Senior Leaving Certificate Examination (including Day School Certificate (Higher) General paper), 1946
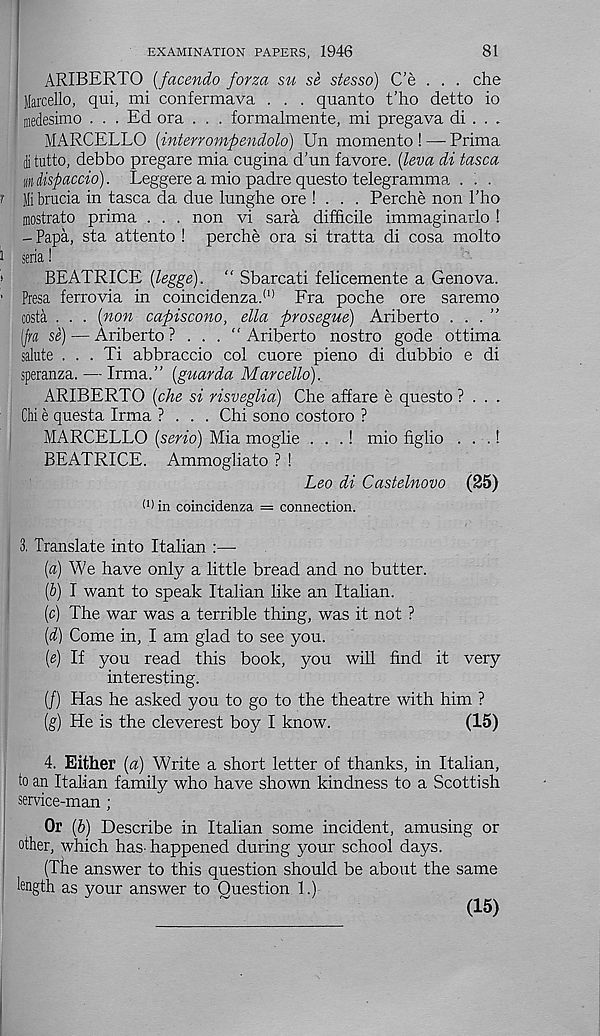
81
EXAMINATION PAPERS, 1946
ARIBERTO (facendo forza su se stesso) C'e . . . che
Marcello, qui, mi confermava . . . quanto t'ho detto io
* medesimo . . . Ed ora . . . formalmente, mi pregava di . . .
MARCELLO (interrompendolo) Un momento ! — Prima
ii tutto, debbo pregare mia cugina d’un favore. (leva di tasca
mispaccio). Leggere a mio padre questo telegramma . . .
Mi brucia in tasca da due lunghe ore ! . . . Perche non I'ho
mostrato prima . . . non vi sara difficile immaginarlo I
- Papa, sta attento ! perche ora si tratta di cosa molto
seria!
BEATRICE (legge). “ Sbarcati felicemente a Genova.
Presa ferrovia in coincidenza. (1) Fra poche ore saremo
costa . . . (non capiscono, ella prosegue) Ariberto . . . ”
[fra se) — Ariberto ?
“ Ariberto nostro gode ottima
salute . . . Ti abbraccio col cuore pieno di dubbio e di
speranza. — Irma.” (guarda Marcello).
ARIBERTO (che si risveglia) Che affare e questo ? . . .
Chi e questa Irma ? . . . Chi sono costoro ?
MARCELLO (serio) Mia moglie . . .! mio figlio ... 1
BEATRICE. Ammogliato ? !
Leo di Castelnovo (25)
(1 > in coincidenza = connection.
3. Translate into Italian :—
(a) We have only a little bread and no butter.
(b) I want to speak Italian like an Italian.
(c) The war was a terrible thing, was it not ?
(d) Come in, I am glad to see you.
(e) If you read this book, you will find it very
interesting.
(/) Has he asked you to go to the theatre with him ?
(g) He is the cleverest boy I know.
(15)
4. Either (a) Write a short letter of thanks, in Italian,
to an Italian family who have shown kindness to a Scottish
service-man ;
Or (b) Describe in Italian some incident, amusing or
other, which has- happened during your school days.
(The answer to this question should be about the same
length as your answer to Question 1.)
(15)